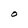
Character: O